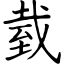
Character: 臷